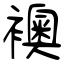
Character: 襖